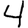
Digit: 4